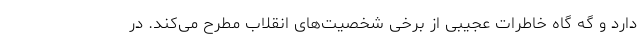
دارد و گه گاه خاطرات عجیبی از برخی شخصیت‌های انقلاب مطرح می‌کند. در